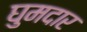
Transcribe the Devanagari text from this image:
घुमदार